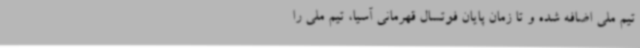
تیم ملی اضافه شده و تا زمان پایان فوتسال قهرمانی آسیا، تیم ملی را